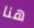
هنا